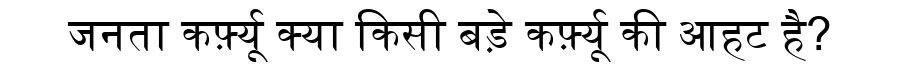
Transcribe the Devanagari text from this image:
जनता कर्फ़्यू क्या किसी बड़े कर्फ़्यू की आहट है?